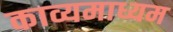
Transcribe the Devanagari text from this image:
काव्यमाध्यम